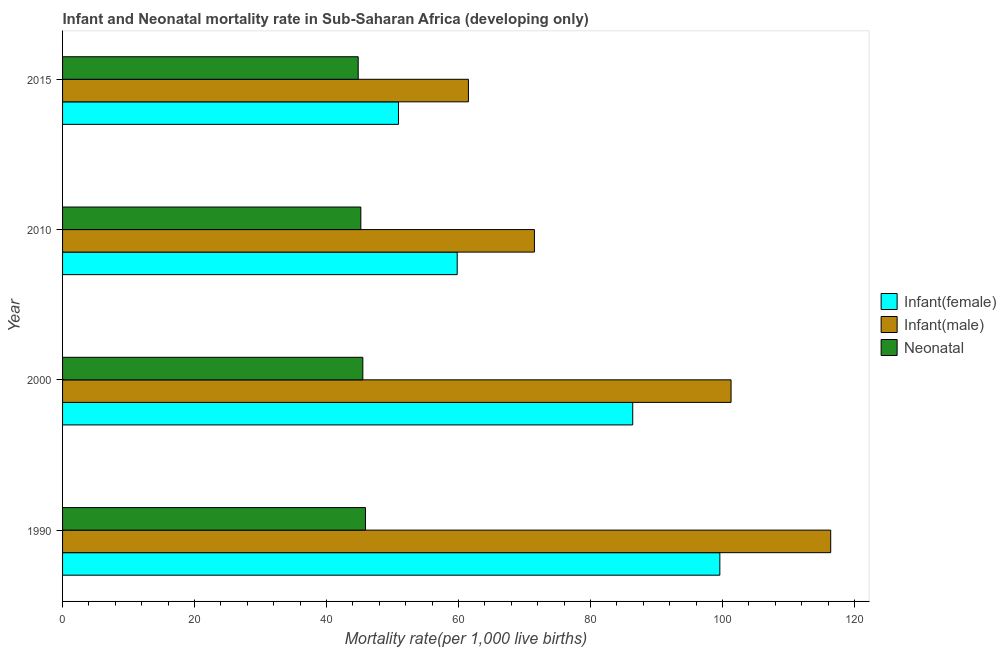
| Year | Infant(female) | Infant(male) | Neonatal  |
 | --- | --- | --- | --- |
 | 1990 | 99.6 | 116 | 45.9 |
 | 2000 | 86.4 | 101 | 45.5 |
 | 2010 | 59.8 | 71.5 | 45.2 |
 | 2015 | 50.9 | 61.5 | 44.8 |